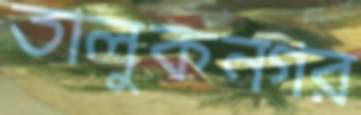
তালুকনগর